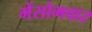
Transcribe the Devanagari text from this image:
मेंसोमवार